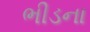
ભીડના